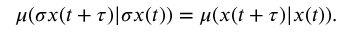
\begin{array} { r } { \mu ( \sigma x ( t + \tau ) | \sigma x ( t ) ) = \mu ( x ( t + \tau ) | x ( t ) ) . } \end{array}